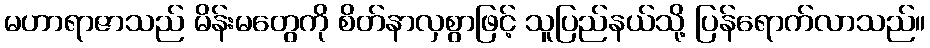
မဟာရာဇာသည် မိန်းမတွေကို စိတ်နာလှစွာဖြင့် သူပြည်နယ်သို့ ပြန်ရောက်လာသည်။